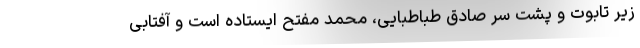
زیر تابوت و پشت سر صادق طباطبایی، محمد مفتح ایستاده است و آفتابیِ